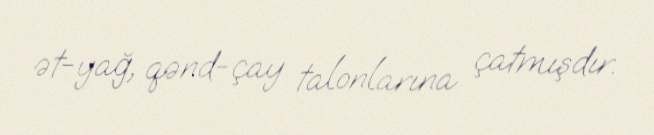
ət-yağ, qənd-çay talonlarına çatmışdır.